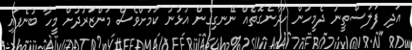
އަދި ފަލަސްތީނު ދެމީހުން ހަދާނެގޮތެއް ނޭނގިގެން އުޅުނު ކަމަށްވެސް މަންޒަރުދުށް މީހާ ބުނެފައި